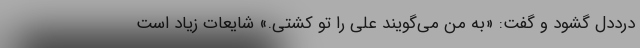
درددل گشود و گفت: «به من می‌گویند علی را تو کشتی.» شایعات زیاد است